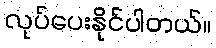
လုပ်ပေးနိုင်ပါတယ်။